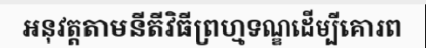
អនុវត្តតាមនីតីវិធីព្រហ្មទណ្ឌដើម្បីគោរព